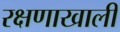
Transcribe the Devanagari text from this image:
रक्षणाखाली